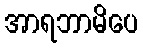
အာရဘာမိပေ